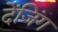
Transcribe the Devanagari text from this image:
देंजिंग